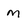
Character: m